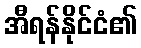
အီရန်နိုင်ငံ၏